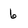
Character: 6